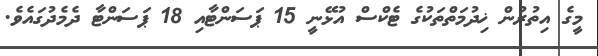
މީގެ އިތުރުން ޚިދުމަތްތަކުގެ ޓެކްސް އުޅޭނީ 15 ޕަސަންޓާއި 18 ޕަސަންޓާ ދެމެދުގައެވެ.